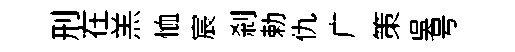
刑在羔恤宸刹勅仇广策吴号